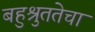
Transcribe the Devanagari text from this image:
बहुश्रुततेचा